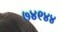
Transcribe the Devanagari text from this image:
७४९४४